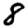
Digit: 8